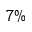
7 \%